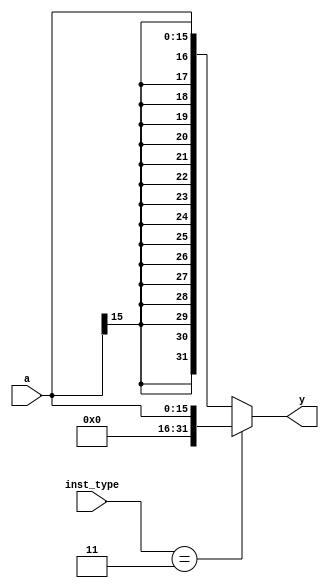
`timescale 1ns / 1ps

module signext(
    input wire[15:0] a,        // Input 16-bit data.
    input wire[1:0] inst_type, // Input 2-bit instruction type.
    output wire[31:0] y        // Output 32-bit sign-extended data.
);

    assign y = (inst_type == 2'b11) ? {{16{1'b0}}, a} : {{16{a[15]}}, a};
    // If inst_type is "11" (b11), sign-extend by adding 16 zero bits to the left.
    // Otherwise, sign-extend by repeating the most significant bit of 'a' to the left.
endmodule